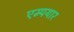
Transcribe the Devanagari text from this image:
एम्पयार